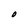
Character: O